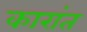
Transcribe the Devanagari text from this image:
कारांत